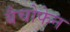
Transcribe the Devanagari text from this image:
बैचोफेन